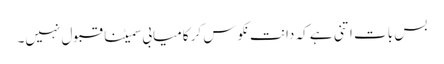
بس بات اتنی ہے کہ دانت نکوس کر کامیابی سمیٹنا قبول نہیں۔